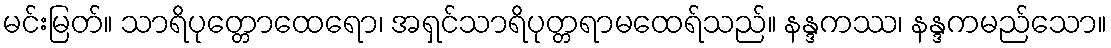
မင်းမြတ်။ သာရိပုတ္တောထေရော၊ အရှင်သာရိပုတ္တရာမထေရ်သည်။ နန္ဒကဿ၊ နန္ဒကမည်သော။